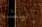
إليشا